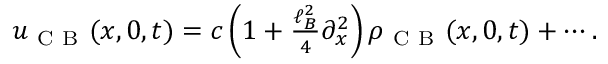
\begin{array} { r } { u _ { \mathrm { ~ C ~ B ~ } } ( x , 0 , t ) = c \left( 1 + \frac { \ell _ { B } ^ { 2 } } { 4 } \partial _ { x } ^ { 2 } \right) \rho _ { \mathrm { ~ C ~ B ~ } } ( x , 0 , t ) + \cdots . } \end{array}